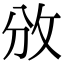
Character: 攽